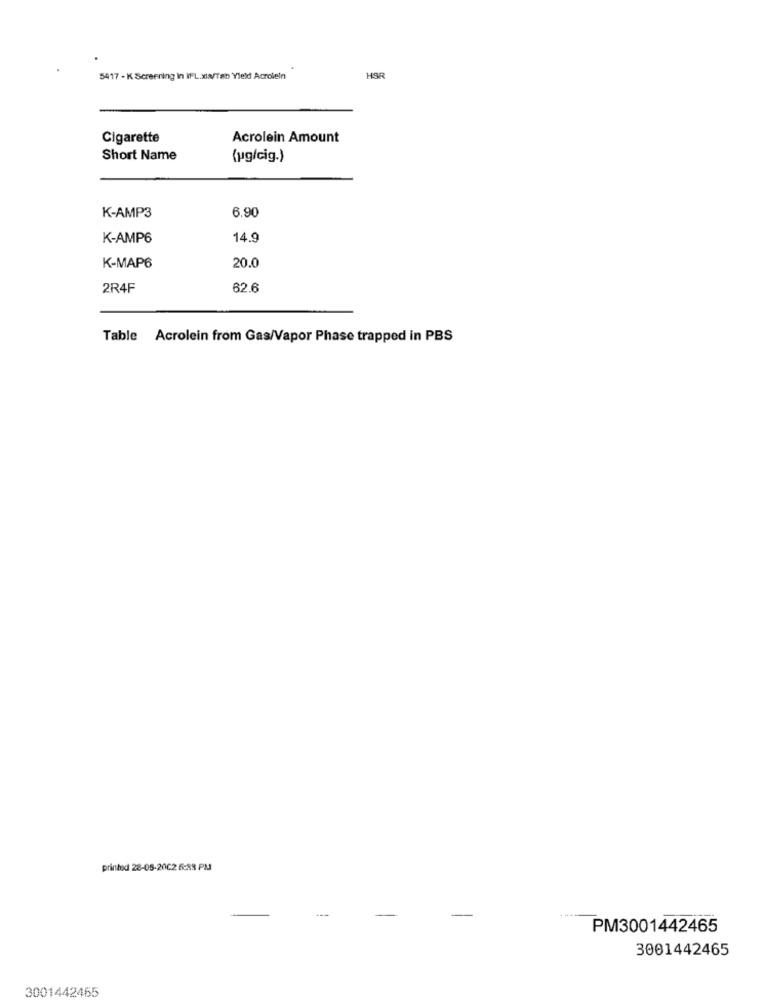
5417 - K Screening In IFL.xix/Tab Yield Acrolein
HSR
Cigarette
Acrolein Amount
Short Name
(ug/cig.)
K-AMP3
6.90
K-AMP6
14.9
20.0
K-MAP6
2R4F
62.6
Table Acrolein from Gas/Vapor Phase trapped in PBS
printed 28-05-2002 6:38 PM
PM3001442465
3001442465
3001442465